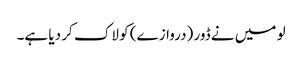
لو میں نے ڈور (دروازے) کو لاک کر دیا ہے۔